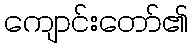
ကျောင်းတော်၏